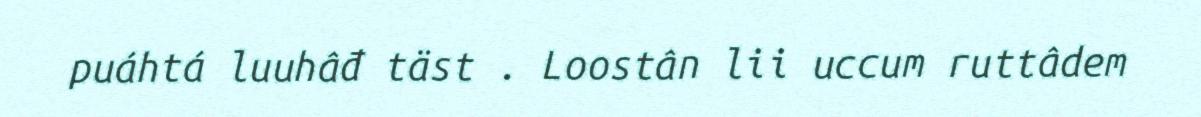
puáhtá luuhâđ täst . Loostân lii uccum ruttâdem